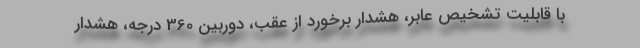
با قابلیت تشخیص عابر، هشدار برخورد از عقب، دوربین 360 درجه، هشدار